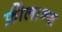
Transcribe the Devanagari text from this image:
फ्रीलान्श